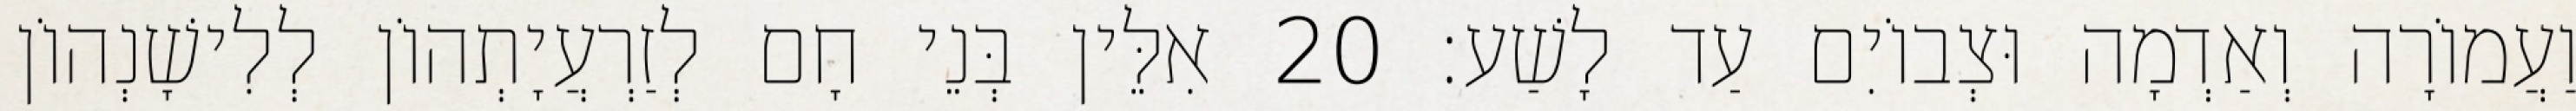
וַעֲמוֹרָה וְאַדְמָה וּצְבוֹיִם עַד לָשַׁע׃ 20 אִלֵּין בְּנֵי חָם לְזַרְעֲיָתְהוֹן לְלִישָׁנְהוֹן